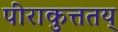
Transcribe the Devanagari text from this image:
पीराकुत्ततय्